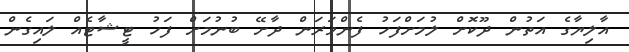
އާލިޔާގެ އަތުން ދޫކޮށް ލުމަށްފަހު ފެންވަރަން ދާށޭ ބުނުމަށް ފަހު ޓީޝާޓެއް ލައިގެން